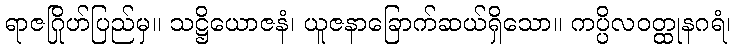
ရာဇဂြိုဟ်ပြည်မှ။ သဋ္ဌိယောဇနံ၊ ယူဇနာခြောက်ဆယ်ရှိသော။ ကပ္ပိလဝတ္ထုနဂရံ၊